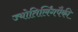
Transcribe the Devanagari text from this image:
ज्योतिर्लिंगपैकी